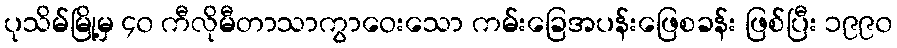
ပုသိမ်မြို့မှ ၄၀ ကီလိုမီတာသာကွာဝေးသော ကမ်းခြေအပန်းဖြေစခန်း ဖြစ်ပြီး ၁၉၉၀